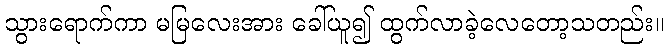
သွားရောက်ကာ မမြလေးအား ခေါ်ယူ၍ ထွက်လာခဲ့လေတော့သတည်း။